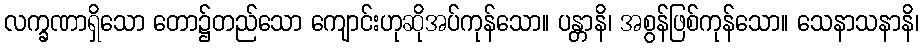
လက္ခဏာရှိသော တော၌တည်သော ကျောင်းဟုဆိုအပ်ကုန်သော။ ပန္တာနိ၊ အစွန်ဖြစ်ကုန်သော။ သေနာသနာနိ၊